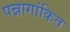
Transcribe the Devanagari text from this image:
पन्नागांकित